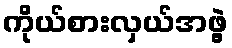
ကိုယ်စားလှယ်အဖွဲ့